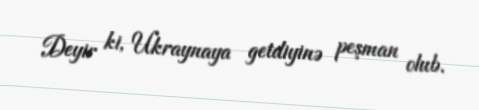
Deyir ki, Ukraynaya getdiyinə peşman olub.